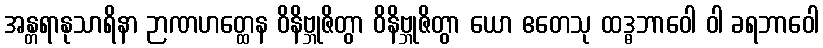
အန္တရာနုသာရိနာ ဉာဏဟတ္ထေန ဝိနိဗ္ဘုဇိတွာ ဝိနိဗ္ဘုဇိတွာ ယော ဧတေသု ထဒ္ဓဘာဝေါ ဝါ ခရဘာဝေါ